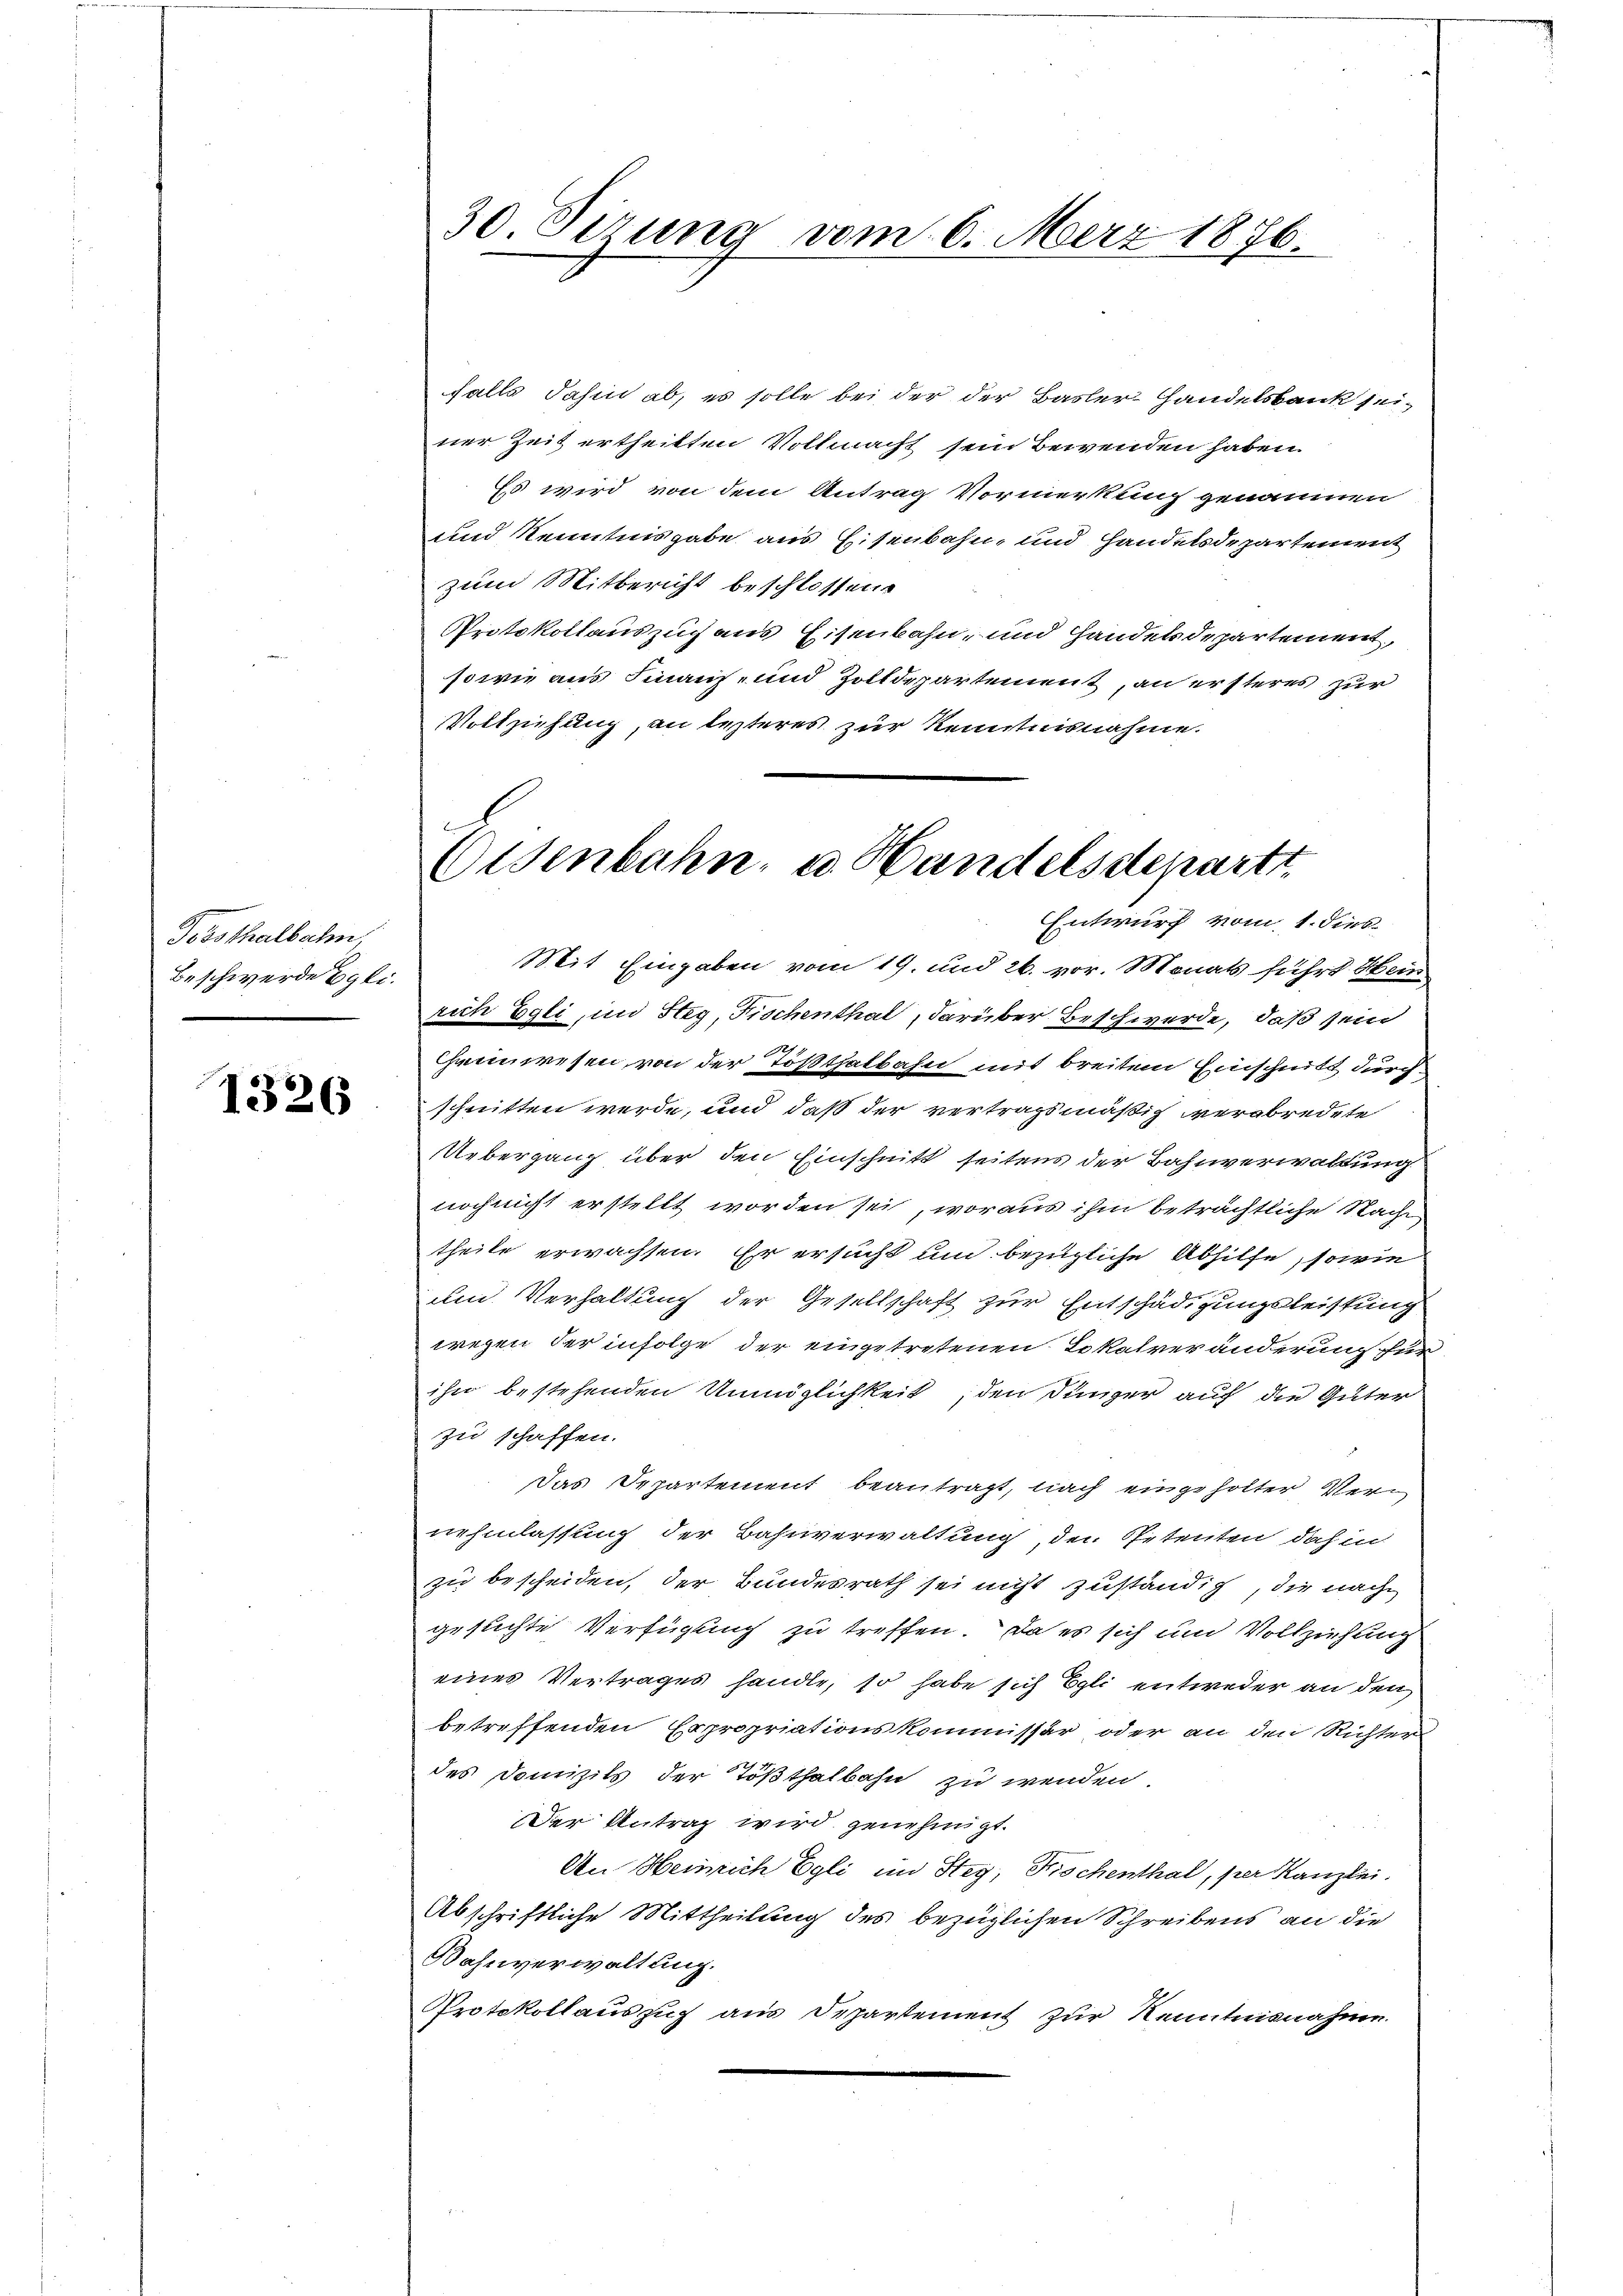
Toosthalbahn,
Beschwerde Egli¬

1326

falls Jahin ab, es solle bei der der Basler-Handelsbank seiner Zeit ertheilten Vollmacht sein Bewenden haben.
Es wird von dem Antrag Vormerkung genommen
und Kenntnisgabe aus Eisenbahn, und Handelsdepartement
zum Mitbericht beschlossene
Protokollauszug aus Eisenbahn, und Handelsdepartement,
sowie aus Finanz- und Zolldepartement, an ersteres zur
Vollziehung, an lezteres zur Kenntnisnahme.

Mit Eingaben vom 19. und 26. vor. Monats führt Hein
rich Egli, in Steg, Fischenthal, darüber Beschwerde, daß sein
Cheenwesen von der Tößthalbahn mit breiten Einschnitt durch
schnitten werde, und daß der vertragsmäßig verabredete
Uebergang über den Einschnitt seitens der Bahnverwaltung
noch nicht erstellt worden sei, woraus ihm beträchtliche Sache
theile erwachsen. Er ersucht um bezügliche Abhilfe, sowie
um Verhaltung der Gesellschaft zur Entschädigungsleistung
wegen der infolge der eingetretenen Lokalveränderung für
ihn bestehenden Unmöglichkeit, den Jünger auf die Güter
zu schaffen.
Das Departement beantragt, nach eingeholter Vernehmlassung der Bahnverwaltung, den Petenten dahin
zu bescheiden, der Bundesrath sei nicht zuständig, die nach
gesuchte Verfügung zu treffen. Da es sich und Vollziehung
eines Vertrages handle, so habe sich Egli entweder an den
betreffenden Expropriationskommissär oder an den Richters
des Domizils der Tößthalbahn zu wenden.
Der Antrag wird genehmigt.
An Heinrich Egli im Steg, Fischenthal, per Kanzlei.
Abschriftliche Mittheilung des bezüglichen Schreibens an die
Bahnverwaltung
Protokollauszug aus Departement zur Kenntnisnahme.

30 Sirung vom 6. März 1876.

Osenbahn, u. Handelsdeparti
Entwurf vom 1. dies